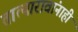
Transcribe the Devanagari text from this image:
तात्यारावांनाही